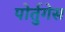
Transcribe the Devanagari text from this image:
पोर्तुगेस